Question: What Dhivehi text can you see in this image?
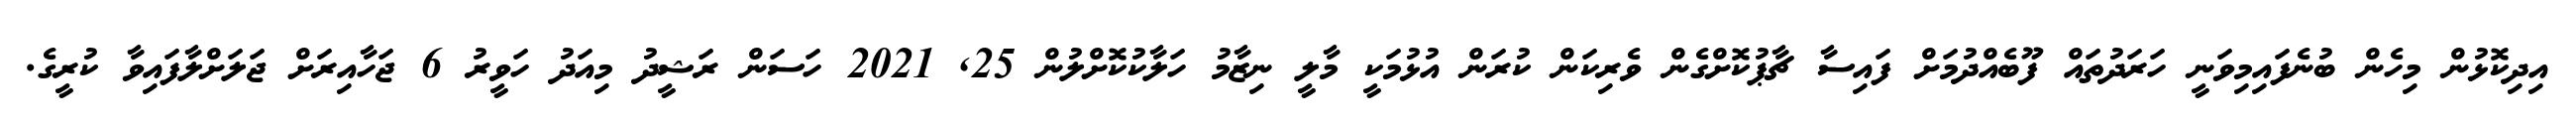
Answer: އިދިކޮޅުން މިހެން ބުނެފައިމިވަނީ ހަރަދުތައް ފޫބެއްދުމަށް ފައިސާ ޗާޕުކޮށްގެން ވެރިކަން ކުރަން އުޅުމަކީ މާލީ ނިޒާމު ހަލާކުކޮށްލުން 25, 2021 ހަސަން ރަޝީދު މިއަދު ހަވީރު 6 ޖަހާއިރަށް ޖަލަށްލާފައިވާ ކުރީގެ.